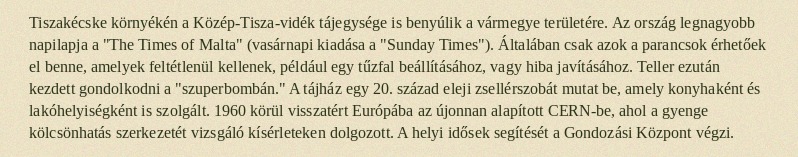
Tiszakécske környékén a Közép-Tisza-vidék tájegysége is benyúlik a vármegye területére. Az ország legnagyobb napilapja a "The Times of Malta" (vasárnapi kiadása a "Sunday Times"). Általában csak azok a parancsok érhetőek el benne, amelyek feltétlenül kellenek, például egy tűzfal beállításához, vagy hiba javításához. Teller ezután kezdett gondolkodni a "szuperbombán." A tájház egy 20. század eleji zsellérszobát mutat be, amely konyhaként és lakóhelyiségként is szolgált. 1960 körül visszatért Európába az újonnan alapított CERN-be, ahol a gyenge kölcsönhatás szerkezetét vizsgáló kísérleteken dolgozott. A helyi idősek segítését a Gondozási Központ végzi.